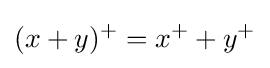
(x+y)^{+}=x^{+}+y^{+}